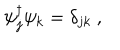
LaTeX: \psi _ { j } ^ { \dagger } \psi _ { k } ^ { } = \delta _ { j k } ~ ,